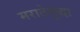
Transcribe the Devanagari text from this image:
मराठेसुद्धा